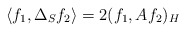
\begin{align*}\left<f_1,\Delta_Sf_2\right>=2(f_1,Af_2)_H\end{align*}